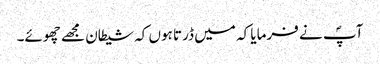
آپؐ نے فرمایا کہ میں ڈرتا ہوں کہ شیطان مجھے چھوئے۔